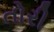
તોરી